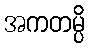
အကတမ္ပိ